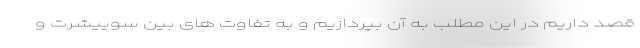
قصد داریم در این مطلب به آن بپردازیم و به تفاوت های بین سوییشرت و